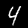
Digit: 4